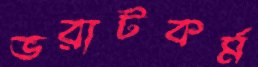
ভরাটকর্ম